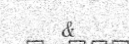
&